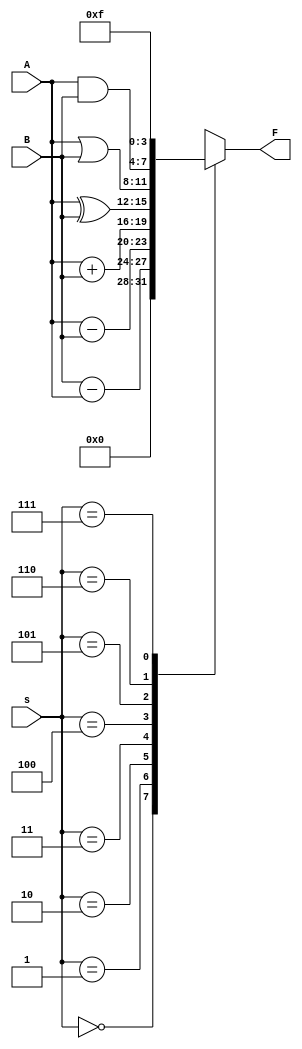
// This program was cloned from: https://github.com/haojunliu/OpenFPGA
// License: BSD 2-Clause "Simplified" License

/* pg 330 - 74381 ALU */
module bm_DL_74381_ALU(s, A, B, F);
	input [2:0] s;
	input [3:0] A, B;
	output [3:0] F;
	reg [3:0] F;
	
	always @(s or A or B)
		case (s)
			3'b000: F = 4'b0000; 
	   		3'b001: F = B - A;
			3'b010: F = A - B;
			3'b011: F = A + B;
			3'b100: F = A ^ B;
			3'b101: F = A | B;
			3'b110: F = A & B;
			3'b111: F = 4'b1111;
		endcase
		
endmodule